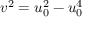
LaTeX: v ^ { 2 } = u _ { 0 } ^ { 2 } - u _ { 0 } ^ { 4 }